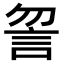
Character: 𧥲